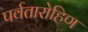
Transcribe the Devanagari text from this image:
पर्वतारोहिण